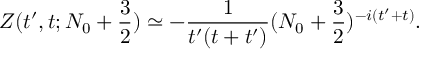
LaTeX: Z ( t ^ { \prime } , t ; N _ { 0 } + { \frac { 3 } { 2 } } ) \simeq - { \frac { 1 } { t ^ { \prime } ( t + t ^ { \prime } ) } } ( N _ { 0 } + { \frac { 3 } { 2 } } ) ^ { - i ( t ^ { \prime } + t ) } .